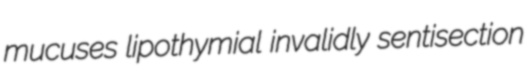
mucuses lipothymial invalidly sentisection